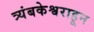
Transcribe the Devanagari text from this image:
त्र्यंबकेश्वराहून